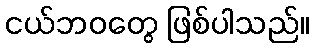
ငယ်ဘဝတွေ ဖြစ်ပါသည်။